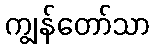
ကျွန်တော်သာ